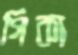
গিকা